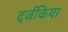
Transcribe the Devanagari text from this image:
दर्जकिया